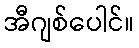
အီဂျစ်ပေါင်။